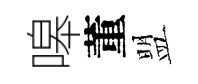
嗥董盟